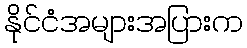
နိုင်ငံအများအပြားက